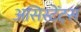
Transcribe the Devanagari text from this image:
असिस्टेंट्स